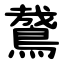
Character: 䳣